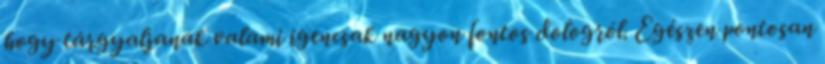
hogy tárgyaljanak valami igencsak nagyon fontos dologról. Egészen pontosan